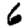
Digit: 6